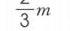
\(\frac{2}{3}m\)